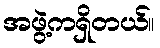
အဖွဲ့ကရှိတယ်။